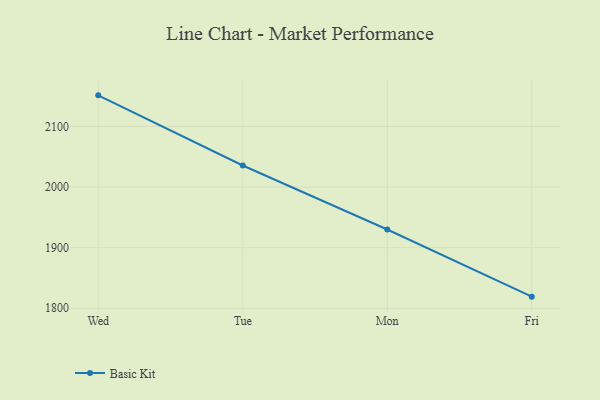
{"axis": {"x": "Day", "y": "Latency (ms)"}, "legend": ["Basic Kit"], "data": [{"x": "Wed", "y": 2151.3, "type": "Basic Kit"}, {"x": "Tue", "y": 2035.5, "type": "Basic Kit"}, {"x": "Mon", "y": 1929.9, "type": "Basic Kit"}, {"x": "Fri", "y": 1819.1, "type": "Basic Kit"}]}